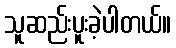
သူဆည်းပူးခဲ့ပါတယ်။